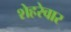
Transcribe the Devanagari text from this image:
शेहरेवार